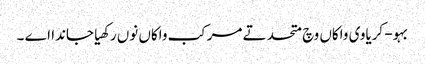
بہو- کریاوی واکاں وچ متحد تے مرکب واکاں نوں رکھیا جاندا اے ۔